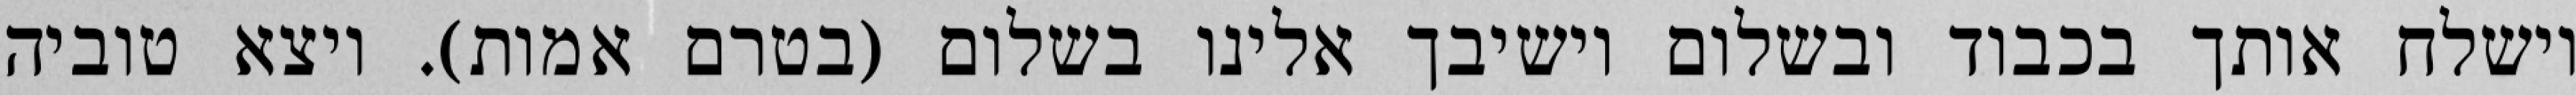
וישלח אותך בכבוד ובשלום וישיבך אלינו בשלום (בטרם אמות). ויצא טוביה